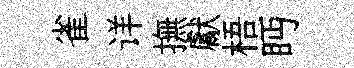
雀详撫獻梧眄